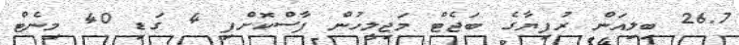
26.7 ބިލިއަން ރުފިޔާގެ ބަޖެޓް މަޖިލީހުން ފާސްކޮށްފި 4 ގަޑި 40 މިނެޓް